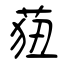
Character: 莥